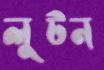
লুটন